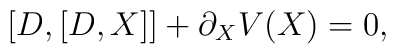
[D,[D,X]] + \partial_X V(X)=0,